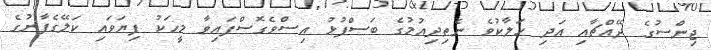
ޖިންސުގެ ދޭއްޗާއި އަދި ހަލާކުވެ ނެތިދިއުމުގެ ބަސްފުޅު އިސްވެގޮސްފައިވާ މީހަކު ފިޔަވައި ކަލޭގެފާނުގެ